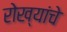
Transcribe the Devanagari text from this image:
रोख्यांचे